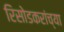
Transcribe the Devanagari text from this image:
रिसोडकरांच्या